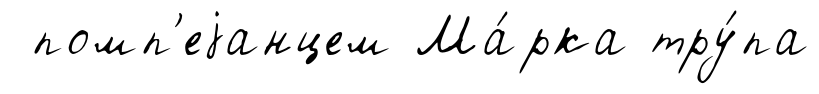
помп'еjанцем Ма́рка тру́па